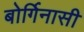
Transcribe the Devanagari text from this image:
बोर्गिनासी